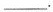
___.